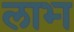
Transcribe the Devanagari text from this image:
लाभ्‍ा